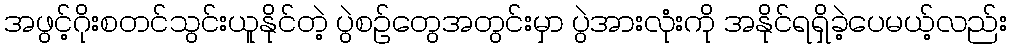
အဖွင့်ဂိုးစတင်သွင်းယူနိုင်တဲ့ ပွဲစဉ်တွေအတွင်းမှာ ပွဲအားလုံးကို အနိုင်ရရှိခဲ့ပေမယ့်လည်း